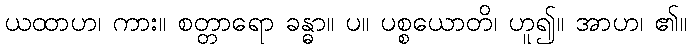
ယထာဟ၊ ကား။ စတ္တာရော ခန္ဓာ။ ပ။ ပစ္စယောတိ၊ ဟူ၍။ အာဟ၊ ၏။